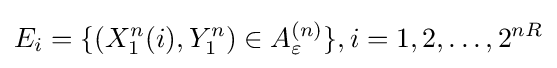
E_{i}=\{(X_{1}^{n}(i),Y_{1}^{n})\in A_{\varepsilon }^{(n)}\},i=1,2,\dots ,2^{nR}